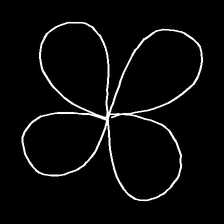
Glyph: billowing